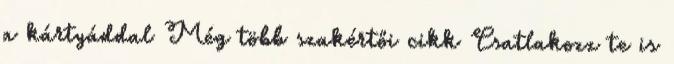
a kártyáddal Még több szakértői cikk Csatlakozz te is